画像に写った文字を読んでください
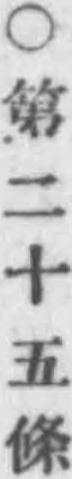
「○第二十五條」と書いてあります